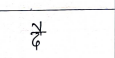
मजकूर: दै